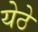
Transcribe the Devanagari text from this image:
येठे